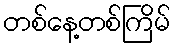
တစ်နေ့တစ်ကြိမ်